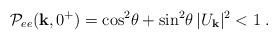
LaTeX: \begin{align*} {\cal P}_{ee}({\bf k},0^+)= \cos^2\!\theta + \sin^2\!\theta\, |U_{\bf k}|^2 < 1 \;.\end{align*}